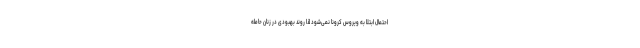
احتمال ابتلا به ویروس کرونا نمی‌شود لذا روند بهبودی در زنان حامله‌